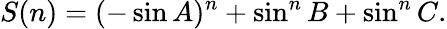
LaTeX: S(n)=(-\sin{A})^{n}+\sin^{n}{B}+\sin^{n}{C}.